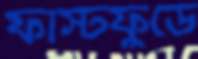
ফাস্টফুডে